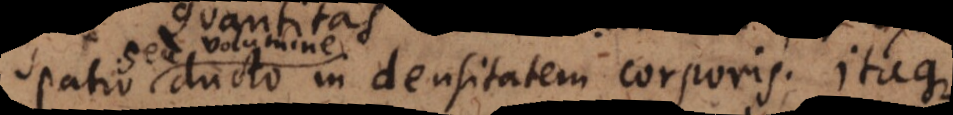
spatio ducto in densitatem corporis. Itaque